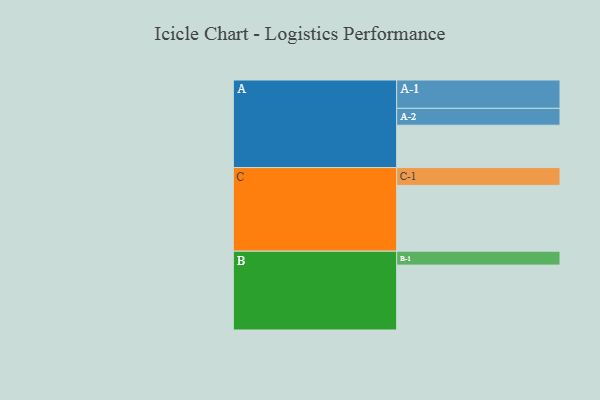
{"axis": {"x": "Segment", "y": "Value"}, "legend": ["", "A", "B", "C"], "data": [{"x": "A", "y": 366, "type": ""}, {"x": "B", "y": 561, "type": ""}, {"x": "C", "y": 569, "type": ""}, {"x": "A-1", "y": 245, "type": "A"}, {"x": "A-2", "y": 146, "type": "A"}, {"x": "B-1", "y": 120, "type": "B"}, {"x": "C-1", "y": 154, "type": "C"}]}